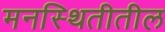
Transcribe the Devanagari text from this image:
मनस्थितीतील